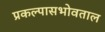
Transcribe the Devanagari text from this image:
प्रकल्पासभोवताल